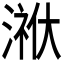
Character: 𭱳